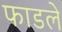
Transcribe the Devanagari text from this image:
फाडले